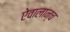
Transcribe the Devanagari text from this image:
ऐवालान्च